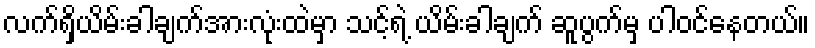
လက်ရှိယိမ်းခါချက်အားလုံးထဲမှာ သင့်ရဲ့ ယိမ်းခါချက် ဆူပွက်မှ ပါဝင်နေတယ်။